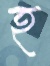
হ